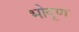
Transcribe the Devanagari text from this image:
भोदूण